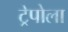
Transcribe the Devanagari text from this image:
ट्रेपोला